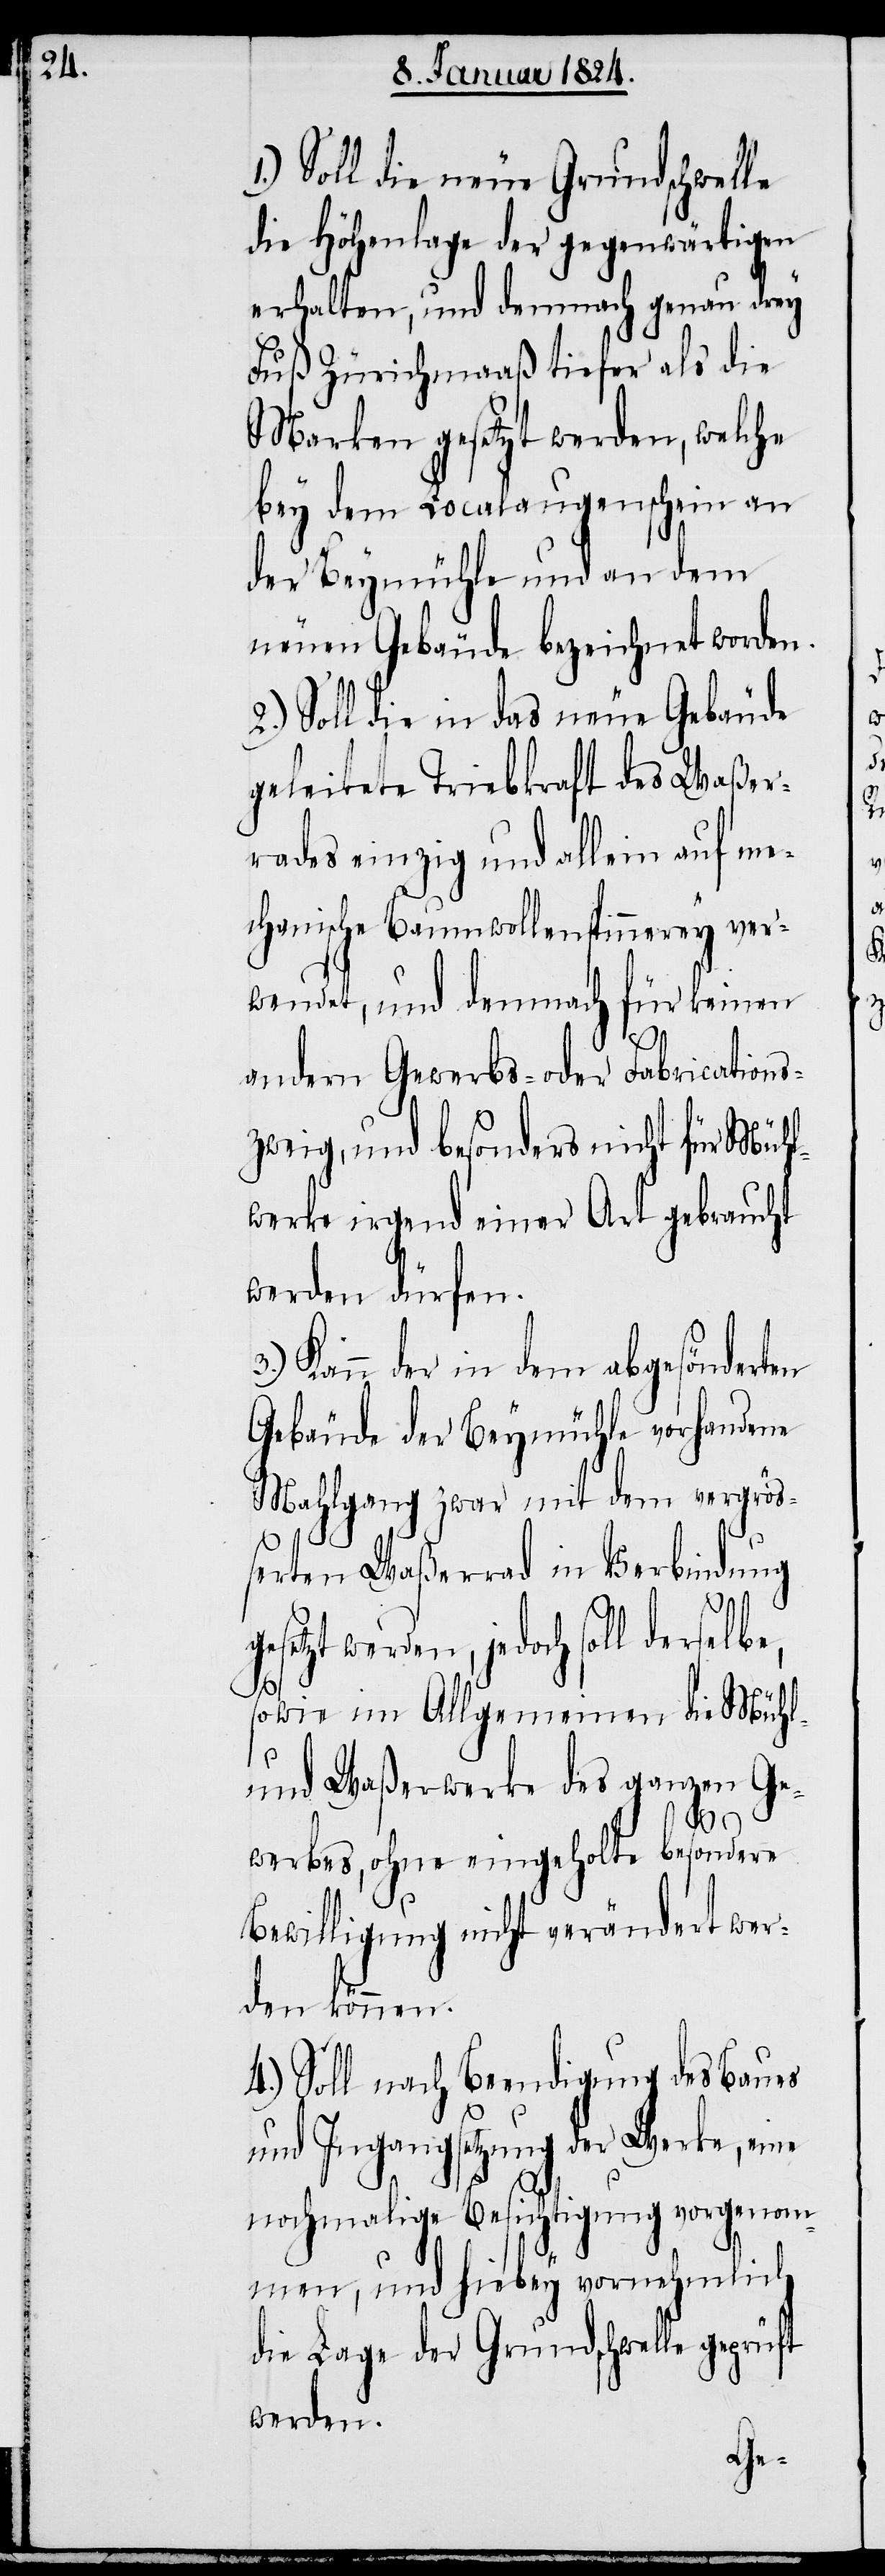
1.) Soll die neue Grundschwelle
die Höhenlage der gegenwärtigen
erhalten, und demnach genau drey
Fuß Zürichmaaß tiefer als die
Marken gesetzt werden, welche
bey dem Localaugenschein an
der Beymühle und an dem
neuen Gebäude bezeichnet worden.
2.) Soll die in das neue Gebäude
geleitete Triebkraft des Waßer¬
rades einzig und allein auf me¬
chanische Baumwollenspinnerey ver¬
wendet, und demnach für keinen
andern Gewerbs- oder Fabrications¬
zweig, und besonders nicht für Mühl¬
werke irgend einer Art gebraucht
werden dürfen.
Kann der in dem abgesönderten
Gebäude der Beymühle vorhandene
Mahlgang zwar mit dem vergrö¬
ßerten Waßerrad in Verbindung
3.)
gesetzt werden, jedoch soll derselbe,
sowie im Allgemeinen die Mühl-
und Waßerwerke des ganzen Ge¬
werbes, ohne eingeholte besondere
Bewilligung nicht verändert wer¬
den können.
4.) Soll nach Beendigung des Baues
und Ingangsetzung der Werke, eine
nochmalige Besichtigung vorgenom¬
men, und hiebey vornehmlich
die Lage der Grundschwelle geprüft
werden.